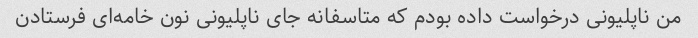
من ناپلیونی درخواست داده بودم که متاسفانه جای ناپلیونی نون خامه‌ای فرستادن